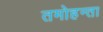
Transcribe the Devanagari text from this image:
तमोहन्ता